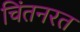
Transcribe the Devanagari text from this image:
चिंतनरत